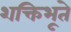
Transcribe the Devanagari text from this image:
शक्तिभूते